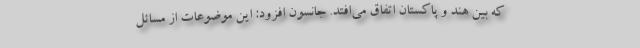
که بین هند و پاکستان اتفاق می‌افتد. جانسون افزود: این موضوعات از مسائل